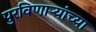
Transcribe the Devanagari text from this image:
पुरविणाऱ्यांच्या